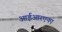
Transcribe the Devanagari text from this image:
आईआरएनए